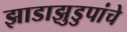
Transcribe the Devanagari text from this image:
झाडाझुडुपांचे